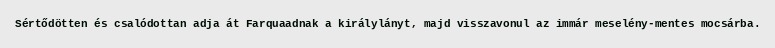
Sértődötten és csalódottan adja át Farquaadnak a királylányt, majd visszavonul az immár meselény-mentes mocsárba.